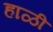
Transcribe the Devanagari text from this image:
हाळी